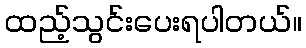
ထည့်သွင်းပေးရပါတယ်။